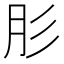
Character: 肜